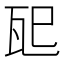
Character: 𪼶